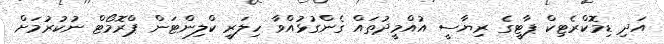
އަދި ޑިމޮކްރެޓިކް ޕާޓީގެ ރިޔާސީ އުއްމީދުތައް ގެންގުޅުއްވާ ހިލަރީ ކްލިންޓަން ޕްރޮމޯޓް ނުކުރުމަށް